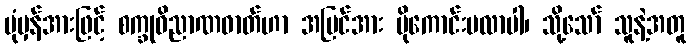
ပုံမှန်အားဖြင့် စက္ခုဝိညာဏဓာတ်ဟာ အမြင်အား ပိုကောင်းမလာပါ၊ သို့သော် သူနဲ့အတူ